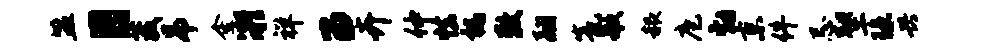
盟目葳吊金凝祥留卉仲怯祸敕翮瓮歌赧庖勃京件忌塑琼兴